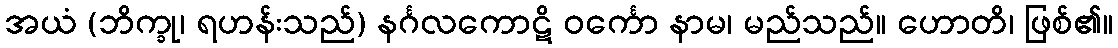
အယံ (ဘိက္ခု၊ ရဟန်းသည်) နင်္ဂလကောဋိ ဝင်္ကော နာမ၊ မည်သည်။ ဟောတိ၊ ဖြစ်၏။